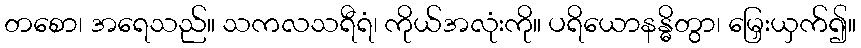
တစော၊ အရေသည်။ သကလသရီရံ၊ ကိုယ်အလုံးကို။ ပရိယောနန္ဓိတွာ၊ မြှေးယှက်၍။